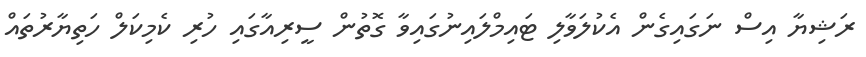
ރަޝިޔާ އިސް ނަގައިގެން އެކުލަވާލި ޓައިމްލައިނުގައިވާ ގޮތުން ސީރިއާގައި ހުރި ކެމިކަލް ހަތިޔާރުތައް